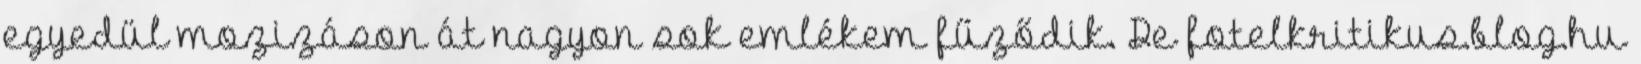
egyedül mozizáson át nagyon sok emlékem fűződik. De fotelkritikus.blog.hu